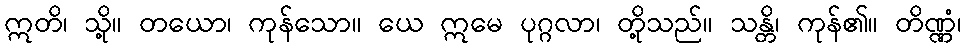
ဣတိ၊ သို့။ တယော၊ ကုန်သော။ ယေ ဣမေ ပုဂ္ဂလာ၊ တို့သည်။ သန္တိ၊ ကုန်၏။ တိဏ္ဏံ၊